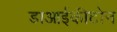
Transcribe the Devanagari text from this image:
डाआईकीटोन